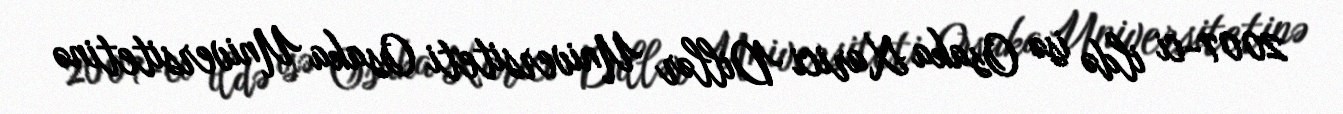
2007-ci ildə isə Osaka Xarici Dillər Universiteti Osaka Universitetinə